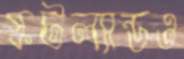
স্কটল্যান্ডও